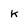
Character: k